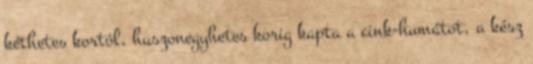
kéthetes kortól, huszonegyhetes korig kapta a cink-humátot, a kész